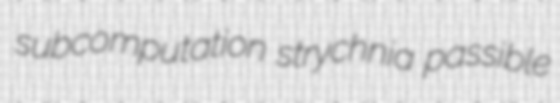
subcomputation strychnia passible